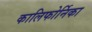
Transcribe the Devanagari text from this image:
कालिफोर्निका